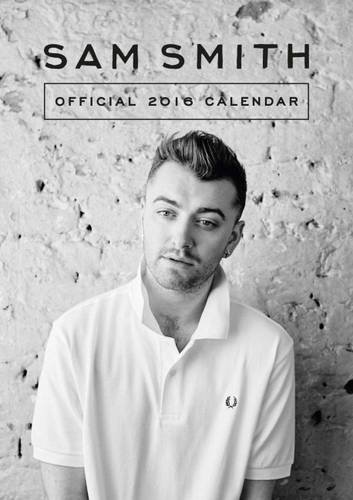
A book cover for The Official Sam Smith 2016 A3 Calendar; Calendars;